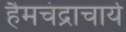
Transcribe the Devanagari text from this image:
हैमचंद्राचार्य